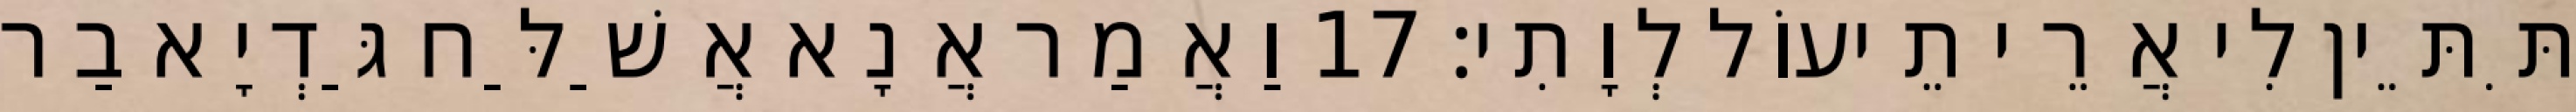
תִּתֵּין לִי אֲרֵי תֵיעוֹל לְוָתִי׃ 17 וַאֲמַר אֲנָא אֲשַׁלַּח גַּדְיָא בַר